Lunatic asylums Bombay report 1878-1890 - 1878-1890
Year: 1878
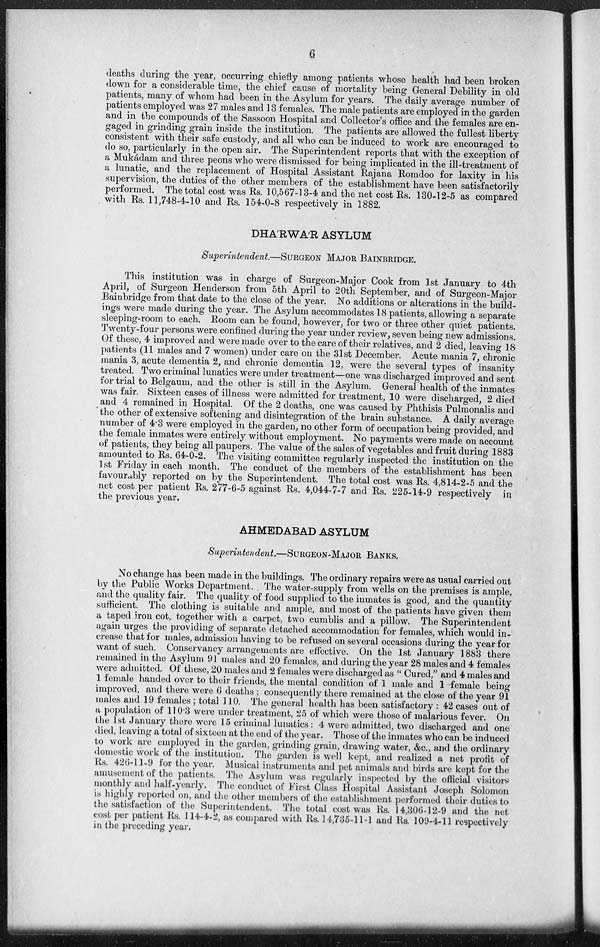
6
deaths during the year, occurring chiefly among patients whose health had been broken
down for a considerable time, the chief cause of mortality being General Debility in old
patients, many of whom had been in the Asylum for years. The daily average number of
patients employed was 27 males and 13 females. The male patients are employed in the garden
and in the compounds of the Sassoon Hospital and Collector's office and the females are en-
gaged in grinding grain inside the institution. The patients are allowed the fullest liberty
consistent with their safe custody, and all who can be induced to work are encouraged to
do so, particularly in the open air. The Superintendent reports that with the exception of
a Mukádam and three peons who were dismissed for being implicated in the ill-treatment of
a lunatic, and the replacement of Hospital Assistant Rajana Romdoo for laxity in his
supervision, the duties of the other members of the establishment have been satisfactorily
performed. The total cost was Rs. 10,567-13-4 and the net cost Rs. 130-12-5 as compared
with Rs. 11,748-4-10 and Rs. 154-0-8 respectively in 1882.
DHA'RWA'R ASYLUM
Superintendent.—SURGEON MAJOR BAINBRIDGE.
This institution was in charge of Surgeon-Major Cook from 1st January to 4th
April, of Surgeon Henderson from 5th April to 20th September, and of Surgeon-Major
Bainbridge from that date to the close of the year. No additions or alterations in the build-
ings were made during the year. The Asylum accommodates 18 patients, allowing a separate
sleeping-room to each. Room can be found, however, for two or three other quiet patients.
Twenty-four persons were confined during the year under review, seven being new admissions.
Of these, 4 improved and were made over to the care of their relatives, and 2 died, leaving 18
patients (11 males and 7 women) under care on the 31st December. Acute mania 7, chronic
mania 3, acute dementia 2, and chronic dementia 12, were the several types of insanity
treated. Two criminal lunatics were under treatment—one was discharged improved and sent
for trial to Belgaum, and the other is still in the Asylum. General health of the inmates
was fair. Sixteen cases of illness were admitted for treatment, 10 were discharged, 2 died
and 4 remained in Hospital. Of the 2 deaths, one was caused by Phthisis Pulmonalis and
the other of extensive softening and disintegration of the brain substance. A daily average
number of 4.3 were employed in the garden, no other form of occupation being provided, and
the female inmates were entirely without employment. No payments were made on account
of patients, they being all paupers. The value of the sales of vegetables and fruit during 1883
amounted to Rs. 64-0-2. The visiting committee regularly inspected the institution on the
1st Friday in each month. The conduct of the members of the establishment has been
favourably reported on by the Superintendent. The total cost was Rs. 4,814-2-5 and the
net cost per patient Rs. 277-6-5 against Rs. 4,044-7-7 and Rs. 225-14-9 respectively in
the previous year.
AHMEDABAD ASYLUM
Superintendent.—SURGEON-MAJOR BANKS.
No change has been made in the buildings. The ordinary repairs were as usual carried out
by the Public Works Department. The water-supply from wells on the premises is ample,
and the quality fair. The quality of food supplied to the inmates is good, and the quantity
sufficient. The clothing is suitable and ample, and most of the patients have given them
a taped iron cot, together with a carpet, two cumblis and a pillow. The Superintendent
again urges the providing of separate detached accommodation for females, which would in-
crease that for males, admission having to be refused on several occasions during the year for
want of such. Conservancy arrangements are effective. On the 1st January 1883 there
remained in the Asylum 91 males and 20 females, and during the year 28 males and 4 females
were admitted. Of these, 20 males and 2 females were discharged as " Cured," and 4 males and
1 female handed over to their friends, the mental condition of 1 male and 1 female being
improved, and there were 6 deaths ; consequently there remained at the close of the year 91
males and 19 females ; total 110. The general health has been satisfactory : 42 cases out of
a population of 110.3 were under treatment, 25 of which were those of malarious fever. On
the 1st January there were 15 criminal lunatics: 4 were admitted, two discharged and one
died, leaving a total of sixteen at the end of the year. Those of the inmates who can be induced
to work are employed in the garden, grinding grain, drawing water, &c, and the ordinary
domestic work of the institution. The garden is well kept, and realized a net profit of
Rs. 426-11-9 for the year. Musical instruments and pet animals and birds are kept for the
amusement of the patients. The Asylum was regularly inspected by the official visitors
monthly and half-yearly. The conduct of First Class Hospital Assistant Joseph Solomon
is highly reported on, and the other members of the establishment performed their duties to
the satisfaction of the Superintendent. The total cost was Rs. 14,306-12-9 and the net
cost per patient Rs. 114-4-2, as compared with Rs. 14,735-11-1 and Rs. 109-4-11 respectively
in the preceding year.